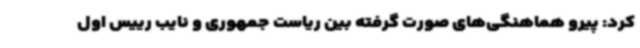
کرد: پیرو هماهنگی‌های صورت گرفته بین ریاست جمهوری و نایب رییس اول